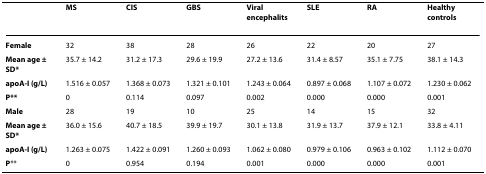
<table><thead><tr><td></td><td><b>MS</b></td><td><b>CIS</b></td><td><b>GBS</b></td><td><b>Viral encephalits</b></td><td><b>SLE</b></td><td><b>RA</b></td><td><b>Healthy controls</b></td></tr></thead><tbody><tr><td><b>Female</b></td><td>32</td><td>38</td><td>28</td><td>26</td><td>22</td><td>20</td><td>27</td></tr><tr><td><b>Mean age ± SD*</b></td><td>35.7 ± 14.2</td><td>31.2 ± 17.3</td><td>29.6 ± 19.9</td><td>27.2 ± 13.6</td><td>31.4 ± 8.57</td><td>35.1 ± 7.75</td><td>38.1 ± 14.3</td></tr><tr><td><b>apoA-I (g/L)</b></td><td>1.516 ± 0.057</td><td>1.368 ± 0.073</td><td>1.321 ± 0.101</td><td>1.243 ± 0.064</td><td>0.897 ± 0.068</td><td>1.107 ± 0.072</td><td>1.230 ± 0.062</td></tr><tr><td><b><i>P</i>**</b></td><td>0</td><td>0.114</td><td>0.097</td><td>0.002</td><td>0.000</td><td>0.000</td><td>0.001</td></tr><tr><td><b>Male</b></td><td>28</td><td>19</td><td>10</td><td>25</td><td>14</td><td>15</td><td>32</td></tr><tr><td><b>Mean age ± SD*</b></td><td>36.0 ± 15.6</td><td>40.7 ± 18.5</td><td>39.9 ± 19.7</td><td>30.1 ± 13.8</td><td>31.9 ± 13.7</td><td>37.9 ± 12.1</td><td>33.8 ± 4.11</td></tr><tr><td><b>apoA-I (g/L)</b></td><td>1.263 ± 0.075</td><td>1.422 ± 0.091</td><td>1.260 ± 0.093</td><td>1.062 ± 0.080</td><td>0.979 ± 0.106</td><td>0.963 ± 0.102</td><td>1.112 ± 0.070</td></tr><tr><td><b><i>P</i></b>**</td><td>0</td><td>0.954</td><td>0.194</td><td>0.001</td><td>0.000</td><td>0.000</td><td>0.001</td></tr></tbody></table>